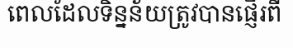
ពេលដែលទិន្នន័យត្រូវបានផ្ញើរពី